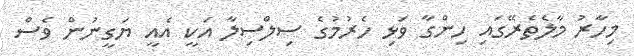
މިހާރު މާލެތެރޭގައި ހިންގާ ވަޅި ހެރުމުގެ ސިލްސިލާ އަކީ އެއީ ޔަގީނުން ވެސް